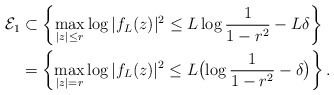
\begin{align*}\mathcal E_1& \subset \left\{\max_{|z|\leq r} \log |f_L(z)|^2 \leq L\log\frac{1}{1-r^2}-L \delta\right\}\\&=\left\{ \max_{|z|=r} \log |f_L(z)|^2 \leq L\bigl(\log\frac{1}{1-r^2}- \delta\bigr) \right\}.\end{align*}